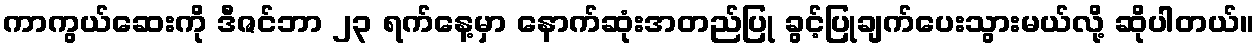
ကာကွယ်ဆေးကို ဒီဇင်ဘာ ၂၃ ရက်နေ့မှာ နောက်ဆုံးအတည်ပြု ခွင့်ပြုချက်ပေးသွားမယ်လို့ ဆိုပါတယ်။